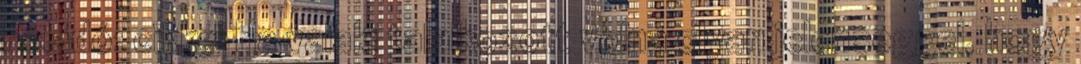
Feladó: cikkei Ha valaki talalkozott volna olyan jelenseggel, hogy